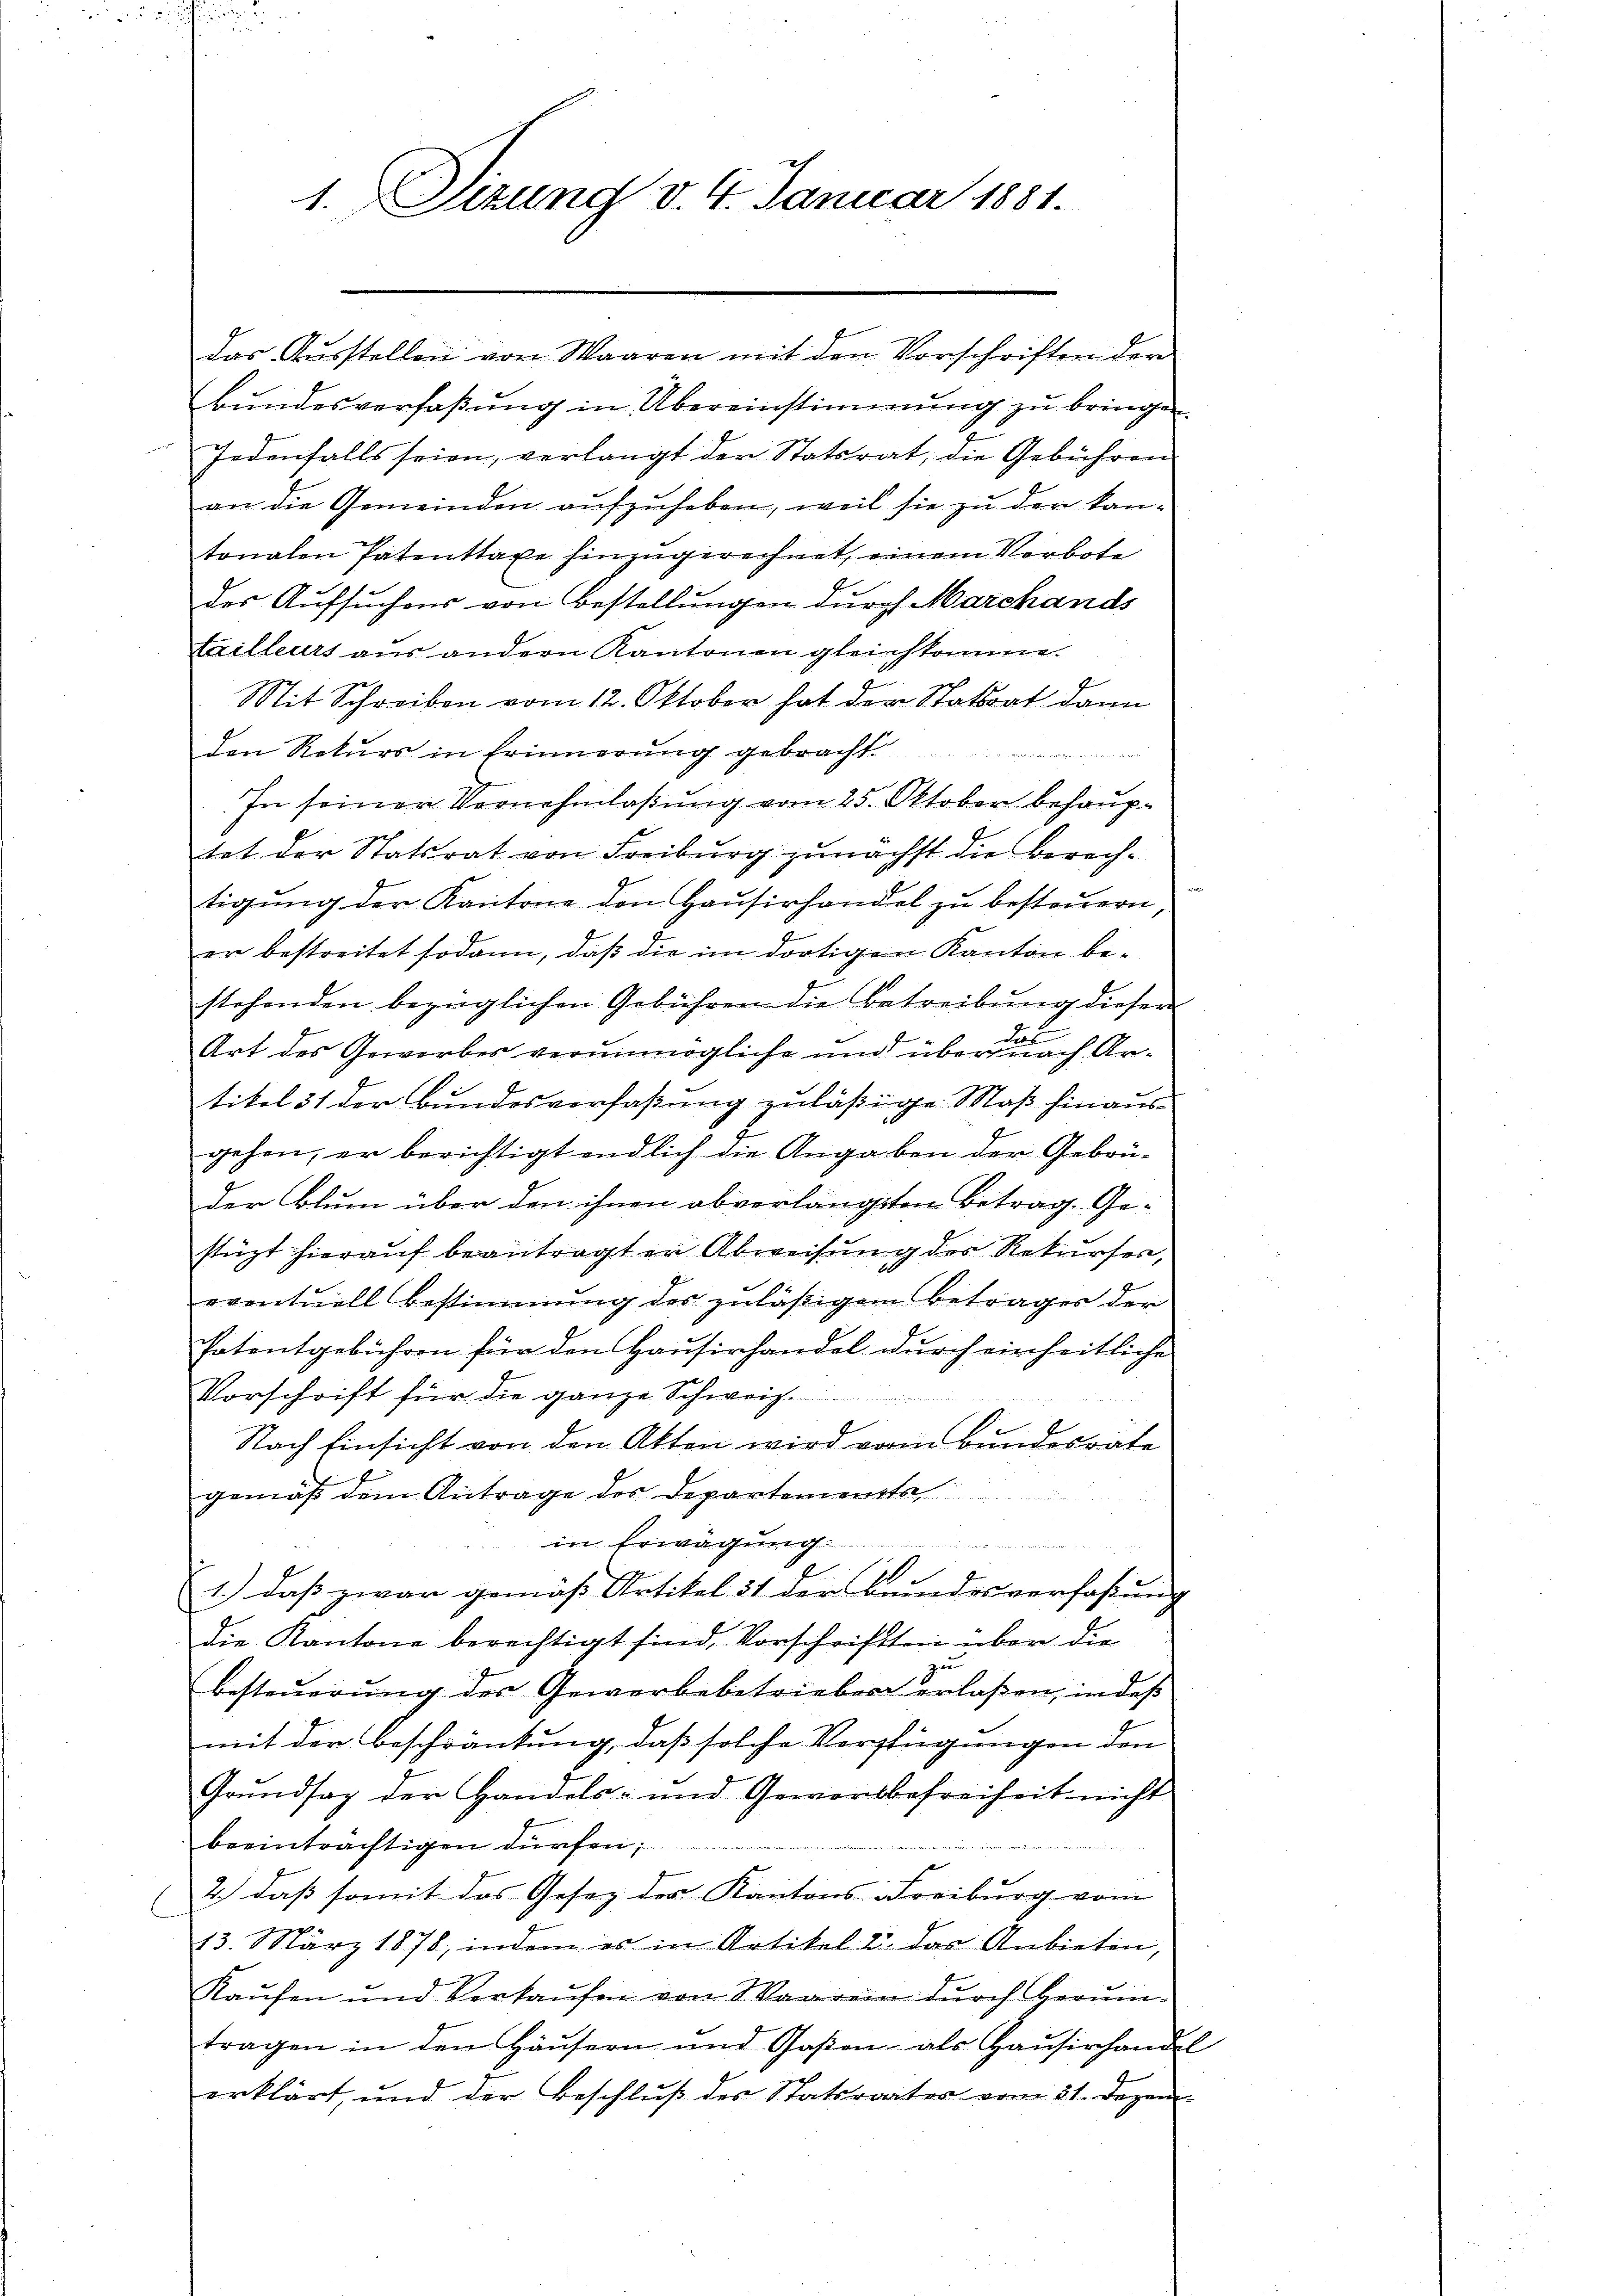
1. Sizung d. 4. Januar 1881.

das Aŭsstellen von Waaren mit den Vorschriften der
Bundesverfaßung in Übereinstimmung zu bringen.
Jedenfalls seien, verlangt der Statsrat, die Gebühren
an die Gemeinden aufzuheben, weil sie zu den kantonalen Patenttaxe hinzugerechnet, einem Verbote
des Aufsuchens von Bestellungen durch Marchands
tailleurs aus andern Kantonen gleichkomme.
4
Mit Schreiben vom 12. Oktober hat der Statsrat dann
den Rekurs in Erinnerung gebracht.

In seiner Vernehmlaßung vom 25. Oktober behauptet der Statsrat von Freiburg zunächst die Berechtigŭng der Kantone den Haŭsirhandel zŭ besteŭern,
er bestreitet sodann, daß die im dortigen Kanton be-
stehenden bezüglichen Gebühren die Betreibung dieser
Art des Gewerbes verunmögliche und über den nach Artikel 31 der Bundesverfaßung zuläßige Maß hinausgehen, er berichtigt endlich die Angaben der Gebrüder Blum über den ihnen abverlangten Betrag. Ge-
stüzt hierauf beantragter Abweisung des Rekurser,
eventuell Bestimmung des zuläßigem Betrages der
hatentgebühren für den Hausirhandel durch einheitliche
Vorschrift für die ganze Schweiz.
Nach Einsicht von den Akten wird vom Bundesrate
gemäß dem Antrage des Departemente
in Erwägung.
.
1.) daß zwar gemäß Artikel 31 der Bundesverfaßung
die Kantone berechtigt sind, Vorschriften über die
zr
besteuerung des Gewerbebetrieben erlassen, indeß
mit der Beschränkung, daß solche Verfügungen den
Grundsaz der Handels- und Gewerbefreiheit nicht
beeinträchtigen dürfen;
2.) daß somit das Gesez der Kantons Freiburg vom
13. März 1878, indem es in Artikel 2. das Anbieten,
Kaŭfen und Verkaŭfen von Waarem dŭrch Herŭin-
tragen in den Häŭsern und Gaßen- als Haŭsirhandel
erklärt, und der Beschluß des Statsrates vom 31. Dezem